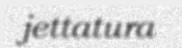
jettatura